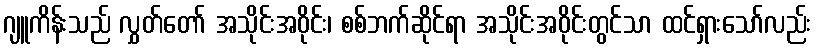
ဂျူကိန်းသည် လွှတ်တော် အသိုင်းအဝိုင်း၊ စစ်ဘက်ဆိုင်ရာ အသိုင်းအဝိုင်းတွင်သာ ထင်ရှားသော်လည်း